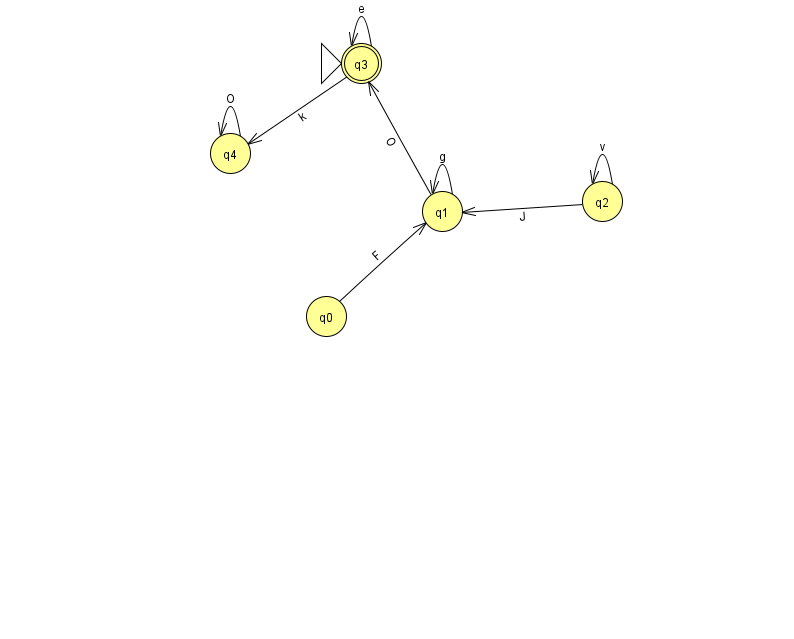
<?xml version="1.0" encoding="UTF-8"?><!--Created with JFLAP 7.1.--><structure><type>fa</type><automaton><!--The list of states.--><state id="0" name="q0"><x>326.0</x><y>303.0</y></state><state id="1" name="q1"><x>442.0</x><y>198.0</y></state><state id="2" name="q2"><x>602.0</x><y>188.0</y></state><state id="3" name="q3"><x>361.0</x><y>50.0</y><initial/><final/></state><state id="4" name="q4"><x>230.0</x><y>140.0</y></state><!--The list of transitions.--><transition><from>2</from><to>1</to><read>J</read></transition><transition><from>3</from><to>3</to><read>e</read></transition><transition><from>2</from><to>2</to><read>v</read></transition><transition><from>3</from><to>4</to><read>k</read></transition><transition><from>0</from><to>1</to><read>F</read></transition><transition><from>1</from><to>1</to><read>g</read></transition><transition><from>1</from><to>3</to><read>O</read></transition><transition><from>4</from><to>4</to><read>O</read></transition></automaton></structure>